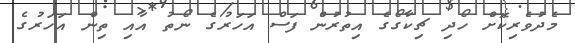
މެދުވެރިކޮށް ހޯދި ޗިކާގޯގެ އިތުރުން ފަސް އަހަރުގެ ނޯތު އާއި ތިން އަހަރުގެ